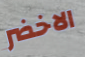
الاخضر